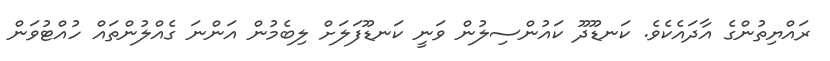
ރައްޔިތުންގެ އާދައެކެވެ. ކަނޑޫދޫ ކައުންސިލުން ވަނީ ކަނޑޫފަލަށް ލިބެމުން އަންނަ ގެއްލުންތައް ހުއްޓުވަން